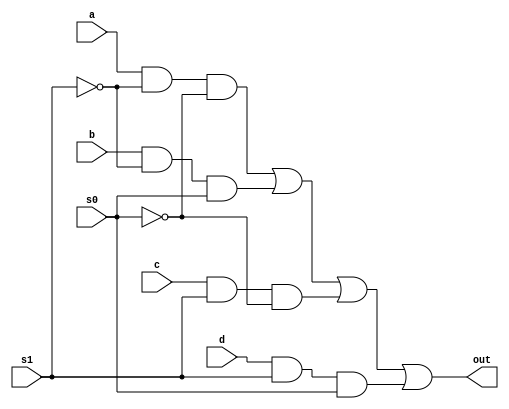
//  *************************************************
//  *                   logic Unit                 *
//  *************************************************



module m4_1(out, a,b,c,d, s1, s0);
	output out;
	input a,b,c,d, s0, s1;
	wire s0n,s1n,y0,y1,y2,y3;
	not (s0n, s0),(s1n, s1);
	and (y0, a, s1n, s0n),(y1, b, s1n, s0),(y2, c, s1, s0n), (y3, d, s1, s0);
	or(out, y0,y1,y2,y3);
endmodule

module lcell(out,a,b,s1,s0);
	input a,b,s0,s1;
	output out;
	wire t0,t1,t2,t3;
	m4_1 m1(out, t0,t1,t2,t3,s1,s0);
	and (t0,a,b);
	or (t1,a,b);
	xor (t2,a,b);
	not (t3,a);
endmodule

module logicUnit(D,A,B,s1,s0);
	output [7:0]D;
	input [7:0]A,B;
	input s1,s0;
	lcell l0(D[0],A[0],B[0],s1,s0);
	lcell l1(D[1],A[1],B[1],s1,s0);
	lcell l2(D[2],A[2],B[2],s1,s0);
	lcell l3(D[3],A[3],B[3],s1,s0);
	lcell l4(D[4],A[4],B[4],s1,s0);
	lcell l5(D[5],A[5],B[5],s1,s0);
	lcell l6(D[6],A[6],B[6],s1,s0);
	lcell l7(D[7],A[7],B[7],s1,s0);
endmodule